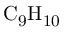
\mathrm { { C _ { 9 } H _ { 1 0 } } }